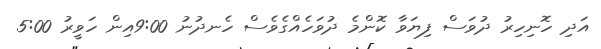
އަދި ހޮނިހިރު ދުވަސް ފިޔަވާ ކޮންމެ ދުވަހެއްގެވެސް ހެނދުނު 9:00އިން ހަވީރު 5:00